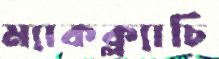
ম্যাকক্ল্যাচি